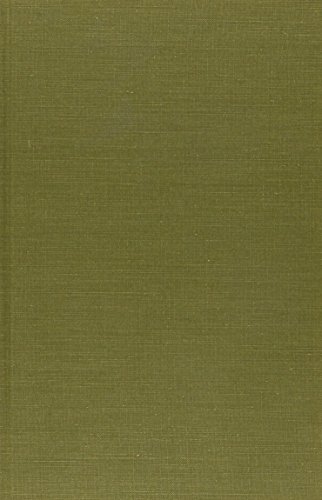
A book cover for Joseph Conrad in the Congo; Georges Jean-Aubry; Travel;